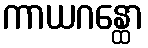
ကာယဂန္ထော